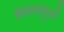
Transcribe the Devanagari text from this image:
झडपांमुळे